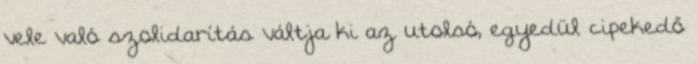
vele való szolidarítás váltja ki az utolsó, egyedül cipekedő